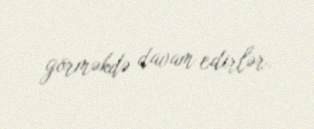
görməkdə davam edirlər.